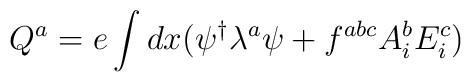
Q^a=e\int dx (\psi^\dagger \lambda^a \psi + f^{abc}A_i^bE_i^c)